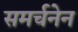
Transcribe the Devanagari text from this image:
समर्चनेन